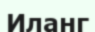
Иланг